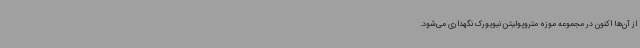
از آن‌ها اکنون در مجموعه‌ موزه متروپولیتن نیویورک نگهداری می‌شود.